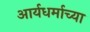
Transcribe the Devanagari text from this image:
आर्यधर्माच्या